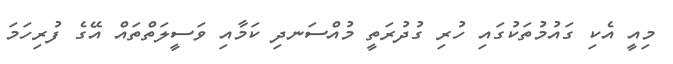
މިއީ އެކި ގައުމުތަކުގައި ހުރި ގުދުރަތީ މުއްސަނދި ކަމާއި ވަސީލަތްތައް އޭގެ ފުރިހަމަ